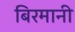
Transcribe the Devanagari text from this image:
बिरमानी